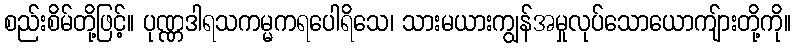
စည်းစိမ်တို့ဖြင့်။ ပုဏ္ဏဒါရသကမ္မကရပေါရိသေ၊ သားမယားကျွန်အမှုလုပ်သောယောကျ်ားတို့ကို။